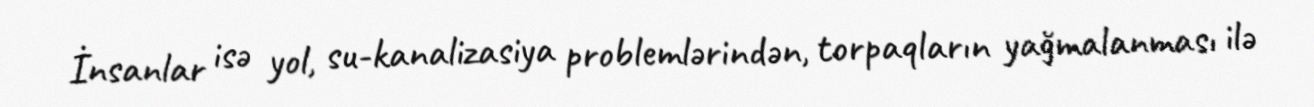
İnsanlar isə yol, su-kanalizasiya problemlərindən, torpaqların yağmalanması ilə